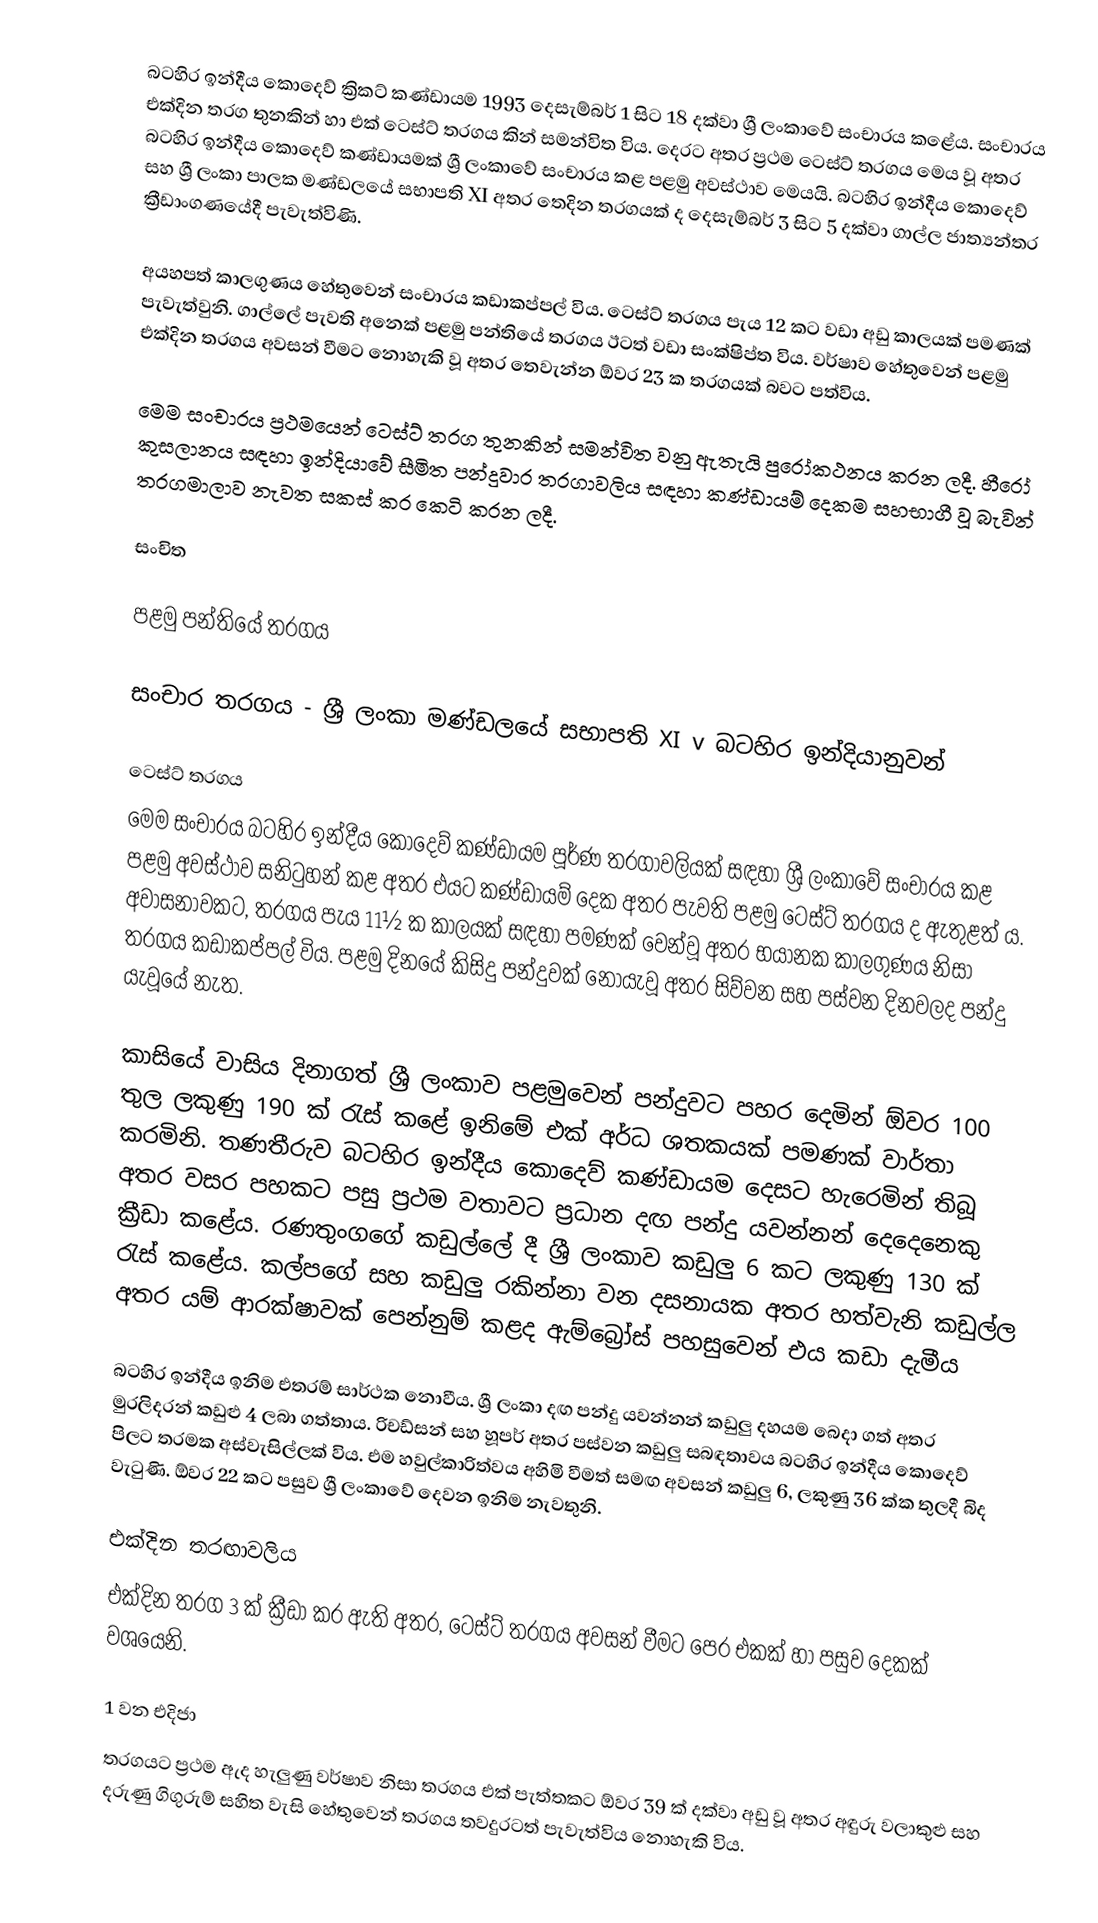
බටහිර ඉන්දීය කොදෙව් ක්‍රිකට් කණ්ඩායම 1993 දෙසැම්බර් 1 සිට 18 දක්වා ශ්‍රී ලංකාවේ සංචාරය කළේය. සංචාරය එක්දින තරග තුනකින් හා එක් ටෙස්ට් තරගය කින් සමන්විත විය. දෙරට අතර ප්‍රථම ටෙස්ට් තරගය මෙය වූ අතර බටහිර ඉන්දීය කොදෙව් කණ්ඩායමක් ශ්‍රී ලංකාවේ සංචාරය කළ පළමු අවස්ථාව මෙයයි. බටහිර ඉන්දීය කොදෙව් සහ ශ්‍රී ලංකා පාලක මණ්ඩලයේ සභාපති XI අතර තෙදින තරගයක් ද දෙසැම්බර් 3 සිට 5 දක්වා ගාල්ල ජාත්‍යන්තර ක්‍රීඩාංගණයේදී පැවැත්විණි.

අයහපත් කාලගුණය හේතුවෙන් සංචාරය කඩාකප්පල් විය. ටෙස්ට් තරගය පැය 12 කට වඩා අඩු කාලයක් පමණක් පැවැත්වුනි. ගාල්ලේ පැවති අනෙක් පළමු පන්තියේ තරගය ඊටත් වඩා සංක්ෂිප්ත විය. වර්ෂාව හේතුවෙන් පළමු එක්දින තරගය අවසන් වීමට නොහැකි වූ අතර තෙවැන්න ඕවර 23 ක තරගයක් බවට පත්විය.

මෙම සංචාරය ප්‍රථමයෙන් ටෙස්ට් තරග තුනකින් සමන්විත වනු ඇතැයි පුරෝකථනය කරන ලදී. හීරෝ කුසලානය සඳහා ඉන්දියාවේ සීමිත පන්දුවාර තරගාවලිය සඳහා කණ්ඩායම් දෙකම සහභාගී වූ බැවින් තරගමාලාව නැවත සකස් කර කෙටි කරන ලදී.

සංචිත

පළමු පන්තියේ තරගය

සංචාර තරගය - ශ්‍රී ලංකා මණ්ඩලයේ සභාපති XI v බටහිර ඉන්දියානුවන්

ටෙස්ට් තරගය
මෙම සංචාරය බටහිර ඉන්දීය කොදෙව් කණ්ඩායම පූර්ණ තරගාවලියක් සඳහා ශ්‍රී ලංකාවේ සංචාරය කළ පළමු අවස්ථාව සනිටුහන් කළ අතර එයට කණ්ඩායම් දෙක අතර පැවති පළමු ටෙස්ට් තරගය ද ඇතුළත් ය. අවාසනාවකට, තරගය පැය 11½ ක කාලයක් සඳහා පමණක් වෙන්වූ අතර භයානක කාලගුණය නිසා තරගය කඩාකප්පල් විය.  පළමු දිනයේ කිසිදු පන්දුවක් නොයැවූ අතර සිව්වන සහ පස්වන දිනවලද පන්දු යැවූයේ නැත.

කාසියේ වාසිය දිනාගත් ශ්‍රී ලංකාව පළමුවෙන් පන්දුවට පහර දෙමින් ඕවර 100 තුල ලකුණු 190 ක් රැස් කළේ ඉනිමේ එක් අර්ධ ශතකයක් පමණක් වාර්තා කරමිනි. තණතීරුව බටහිර ඉන්දීය කොදෙව් කණ්ඩායම දෙසට හැරෙමින් තිබූ අතර වසර පහකට පසු ප්‍රථම වතාවට ප්‍රධාන දඟ පන්දු යවන්නන් දෙදෙනෙකු ක්‍රීඩා කළේය.  රණතුංගගේ කඩුල්ලේ දී ශ්‍රී ලංකාව කඩුලු 6 කට ලකුණු 130 ක් රැස් කළේය. කල්පගේ සහ කඩුලු රකින්නා වන දසනායක අතර හත්වැනි කඩුල්ල අතර යම් ආරක්ෂාවක් පෙන්නුම් කළද ඇම්බ්‍රෝස් පහසුවෙන් එය  කඩා දැමීය

බටහිර ඉන්දීය ඉනිම එතරම් සාර්ථක නොවීය. ශ්‍රී ලංකා දඟ පන්දු යවන්නන් කඩුලු දහයම බෙදා ගත් අතර මුරලිදරන් කඩුළු 4 ලබා ගත්තාය. රිචඩ්සන් සහ හූපර් අතර පස්වන කඩුලු සබඳතාවය බටහිර ඉන්දීය කොදෙව් පිලට තරමක අස්වැසිල්ලක් විය. එම හවුල්කාරිත්වය අහිමි වීමත් සමඟ අවසන් කඩුලු 6, ලකුණු 36 ක්ක තුලදී බිද වැටුණි. ඕවර 22 කට පසුව ශ්‍රී ලංකාවේ දෙවන ඉනිම නැවතුනි.

එක්දින තරඟාවලිය
එක්දින තරග 3 ක් ක්‍රීඩා කර ඇති අතර, ටෙස්ට් තරගය අවසන් වීමට පෙර එකක් හා පසුව දෙකක් වශයෙනි.

1 වන එදිජා
තරගයට ප්‍රථම ඇද හැලුණු වර්ෂාව නිසා තරගය එක් පැත්තකට ඕවර 39 ක් දක්වා අඩු වූ අතර අඳුරු වලාකුළු සහ දරුණු ගිගුරුම් සහිත වැසි හේතුවෙන් තරගය තවදුරටත් පැවැත්විය නොහැකි විය.